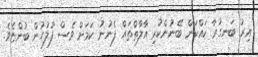
އިރު ބަނގުރާ ކައްކަން ބޭނުންކުރި އާލާތްތައް ފެނުނު ކަމަށް ވެސް ފުލުހުން ބުންޏެވެ.